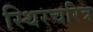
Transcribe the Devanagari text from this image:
स्थिरचरित्र